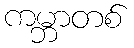
ကမ္ဘာတစ်